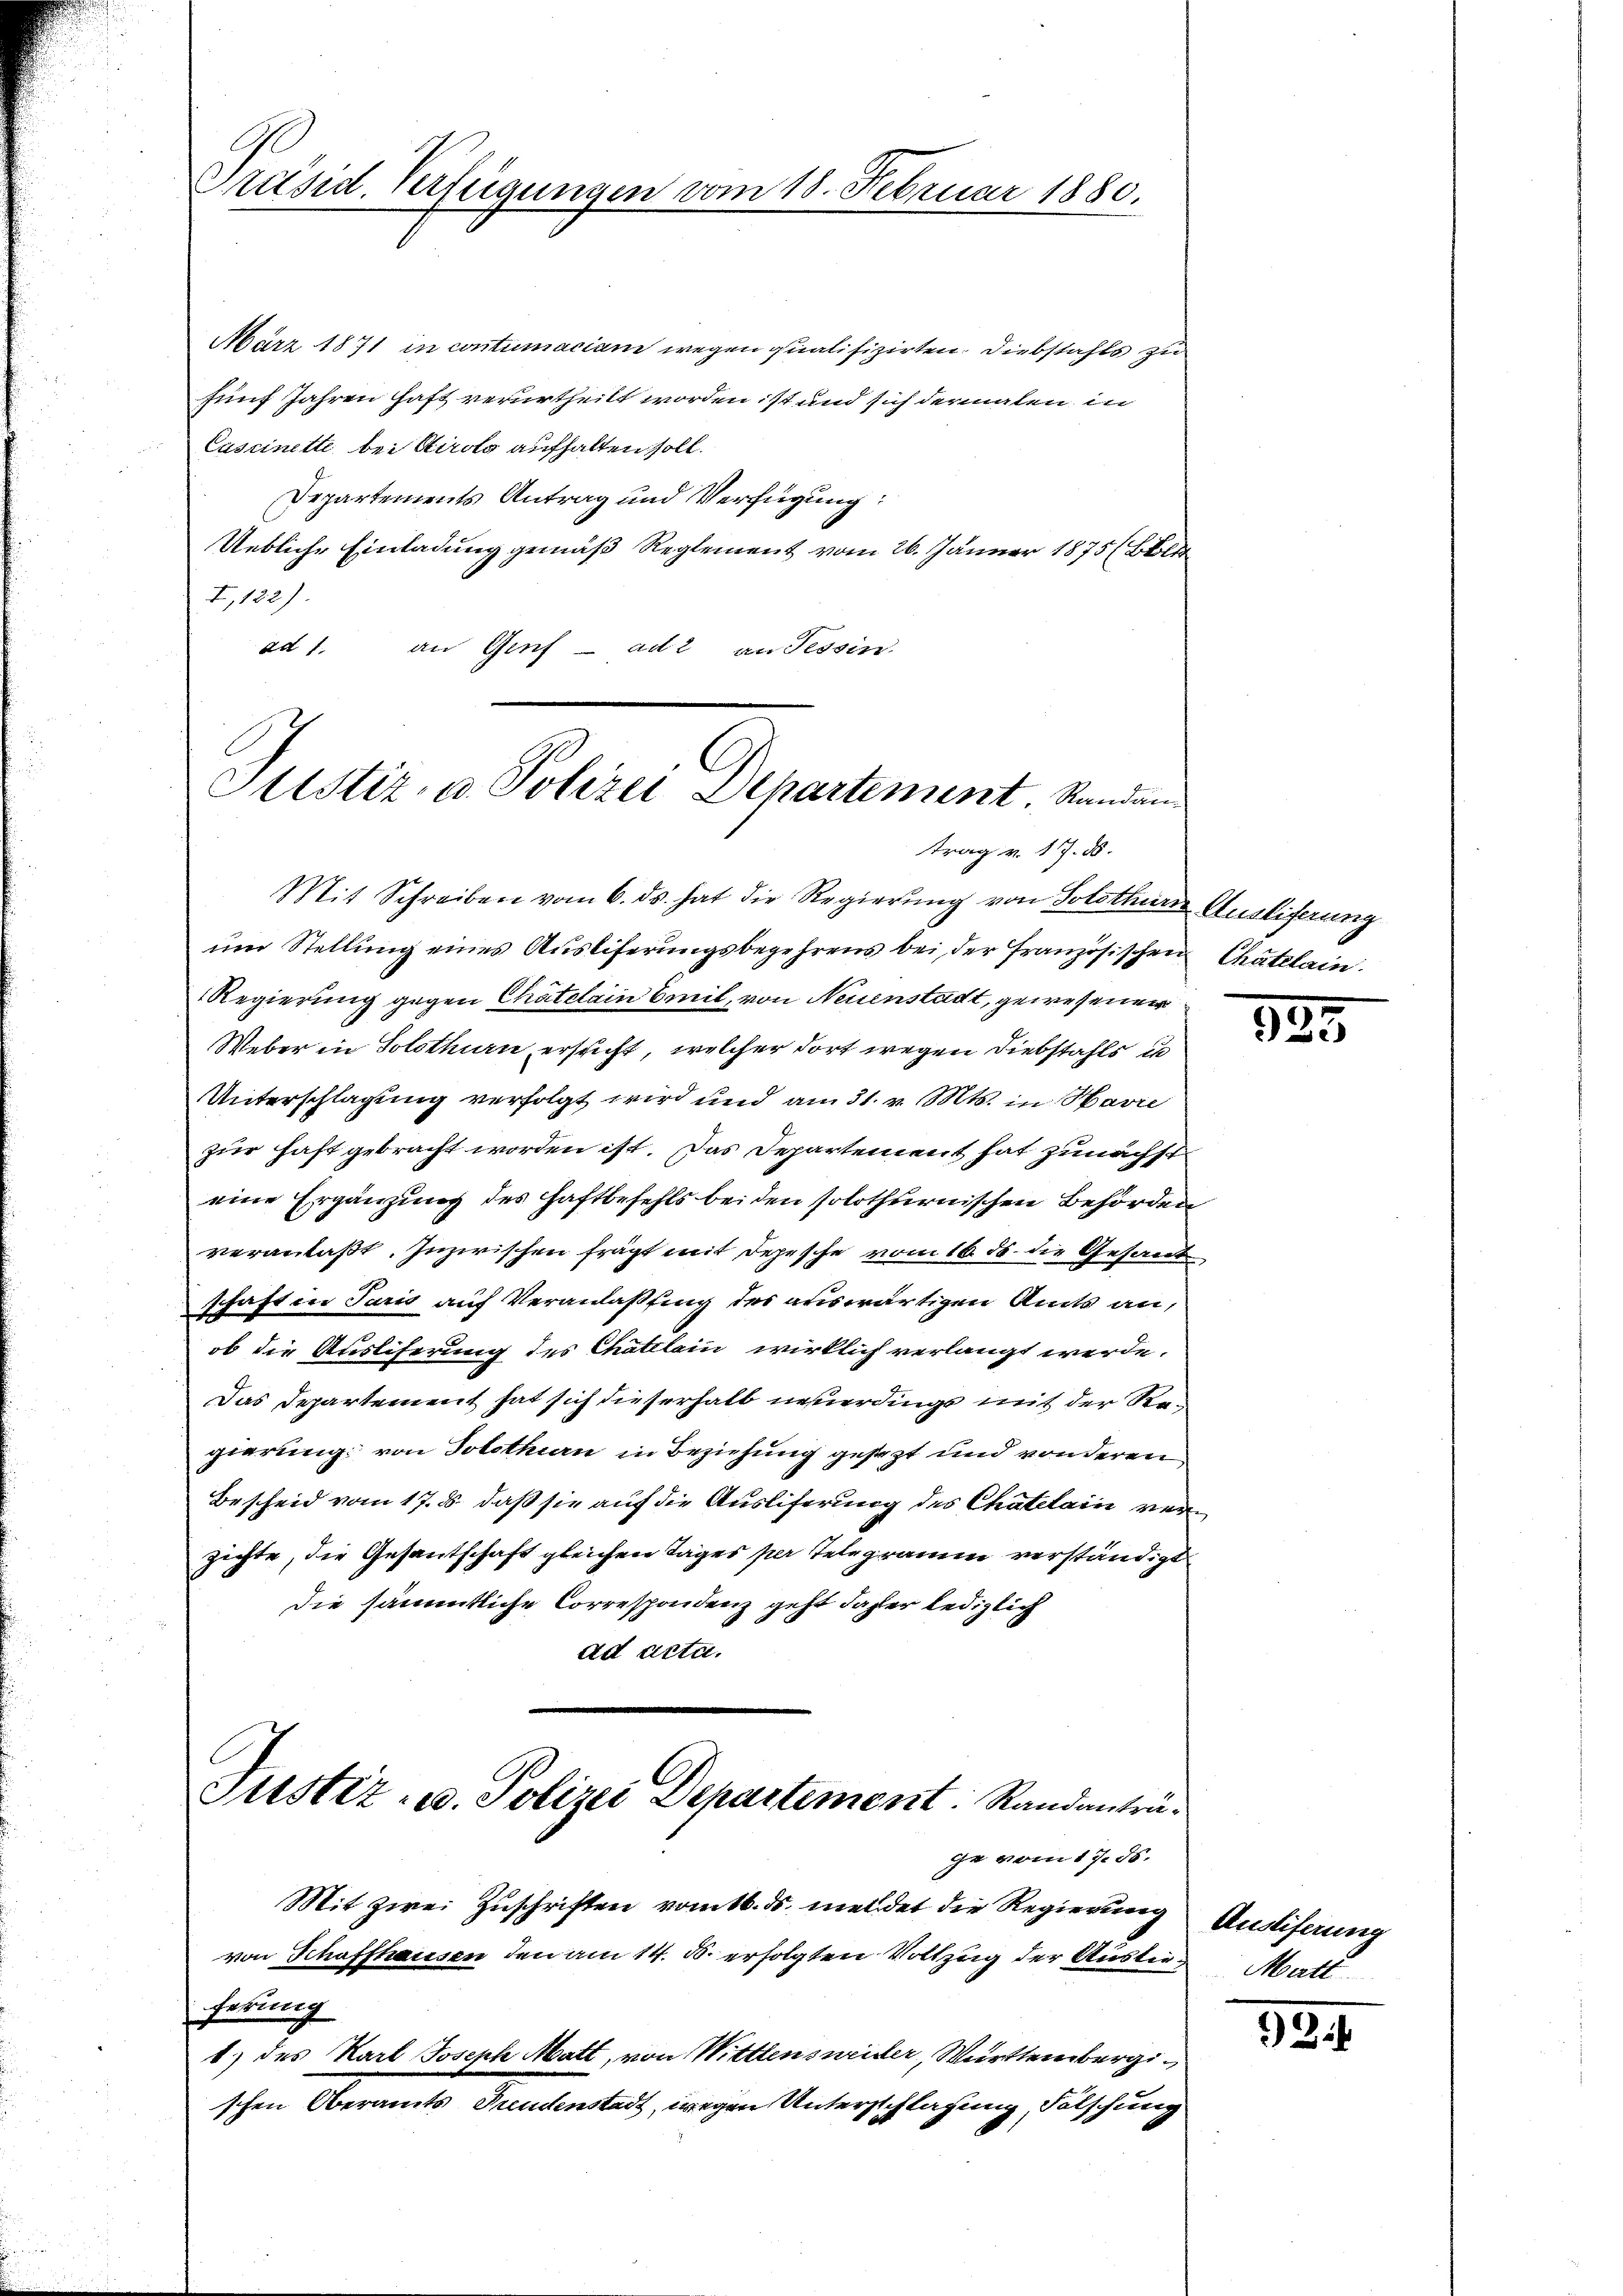
Präsid. Verfügungen vom 18. Februar 1880.

C
Sistiz- u. Polizei Departement. Randan-
trag v. 17. d.

März 1871 in contumaciam wegen qualifizirten. Diebstahls zu
fünf Jahren haft verurtheilt worden ist und sich dermalen in
Cascinette bei Airolo aufhalten soll.
Departements Antrag und Verfügung:
Uebliche Einladung gemäß Reglement vom 26. Jänner 1875 (Bl
I,122)
ad 1. an Genf ad 2 an Tessin.
Mit Schreiben vom 6. ds. hat die Regierung von Solothurn Ausliferung
um Stellung eines Ausliferungsbegehrens bei der französischen Chatelain.
Regierung gegen Chatelain Emil, von Neuenstadt, gewesener
Weber in Solothurn, ersucht, welcher dort wegen Diebstahls un
Unterschlagung verfolgt wird und am 31. v. Mts. in Havre
zur haft gebracht worden ist. Das Departement hat zunächst
eine Ergänzung des Haftbefehls beiden solothurnischen Behörden
veranlaßt. Inzwischen frägt mit Depesche vom 16. 58. die Gesand
schaft in Paris auf Veranlaßung des auswärtigen Amts an,
ob die Ausliferung des Chatelain wirklich verlangt werde.
Das Departement hat sich dieserhalb neuerdinge mit der Regierung von Solothurn in Beziehung gesezt und vonderen
Bescheid vom 17. ds. daß sie auf die Ausliferung des Chatelain verzichte, die Gesantschaft gleichen Tages per Telegramm verständigt
die sämmtliche Correspondenz geht daher lediglich
ad acta.
Justiz- u. Polizei Departement. Randanträge vom 17. ds.
Mit zwei Zuschriften vom 16. ds. meldet die Regierung
von Schaffhausen den am 14. ds. erfolgten Vollzug der Auslie Matt
ferung
1) des Karl Joseph Matt, von Wittlensweider, Württembergischen Oberamts Freudenstadt, wegen Unterschlagung, Fälschung

325

Ausliferung

53